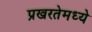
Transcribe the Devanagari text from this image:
प्रखरतेमध्ये